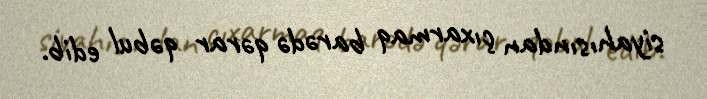
siyahısından çıxarmaq barədə qərar qəbul edib.